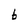
Character: b